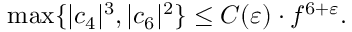
\operatorname* { m a x } \{ \vert c _ { 4 } \vert ^ { 3 } , \vert c _ { 6 } \vert ^ { 2 } \} \leq C ( \varepsilon ) \cdot f ^ { 6 + \varepsilon } .